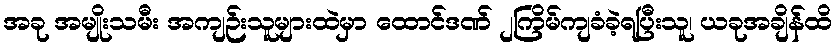
အခု အမျိုးသမီး အကျဉ်းသူများထဲမှာ ထောင်ဒဏ် ၂ကြိမ်ကျခံခဲ့ရပြီးသူ၊ ယခုအချိန်ထိ